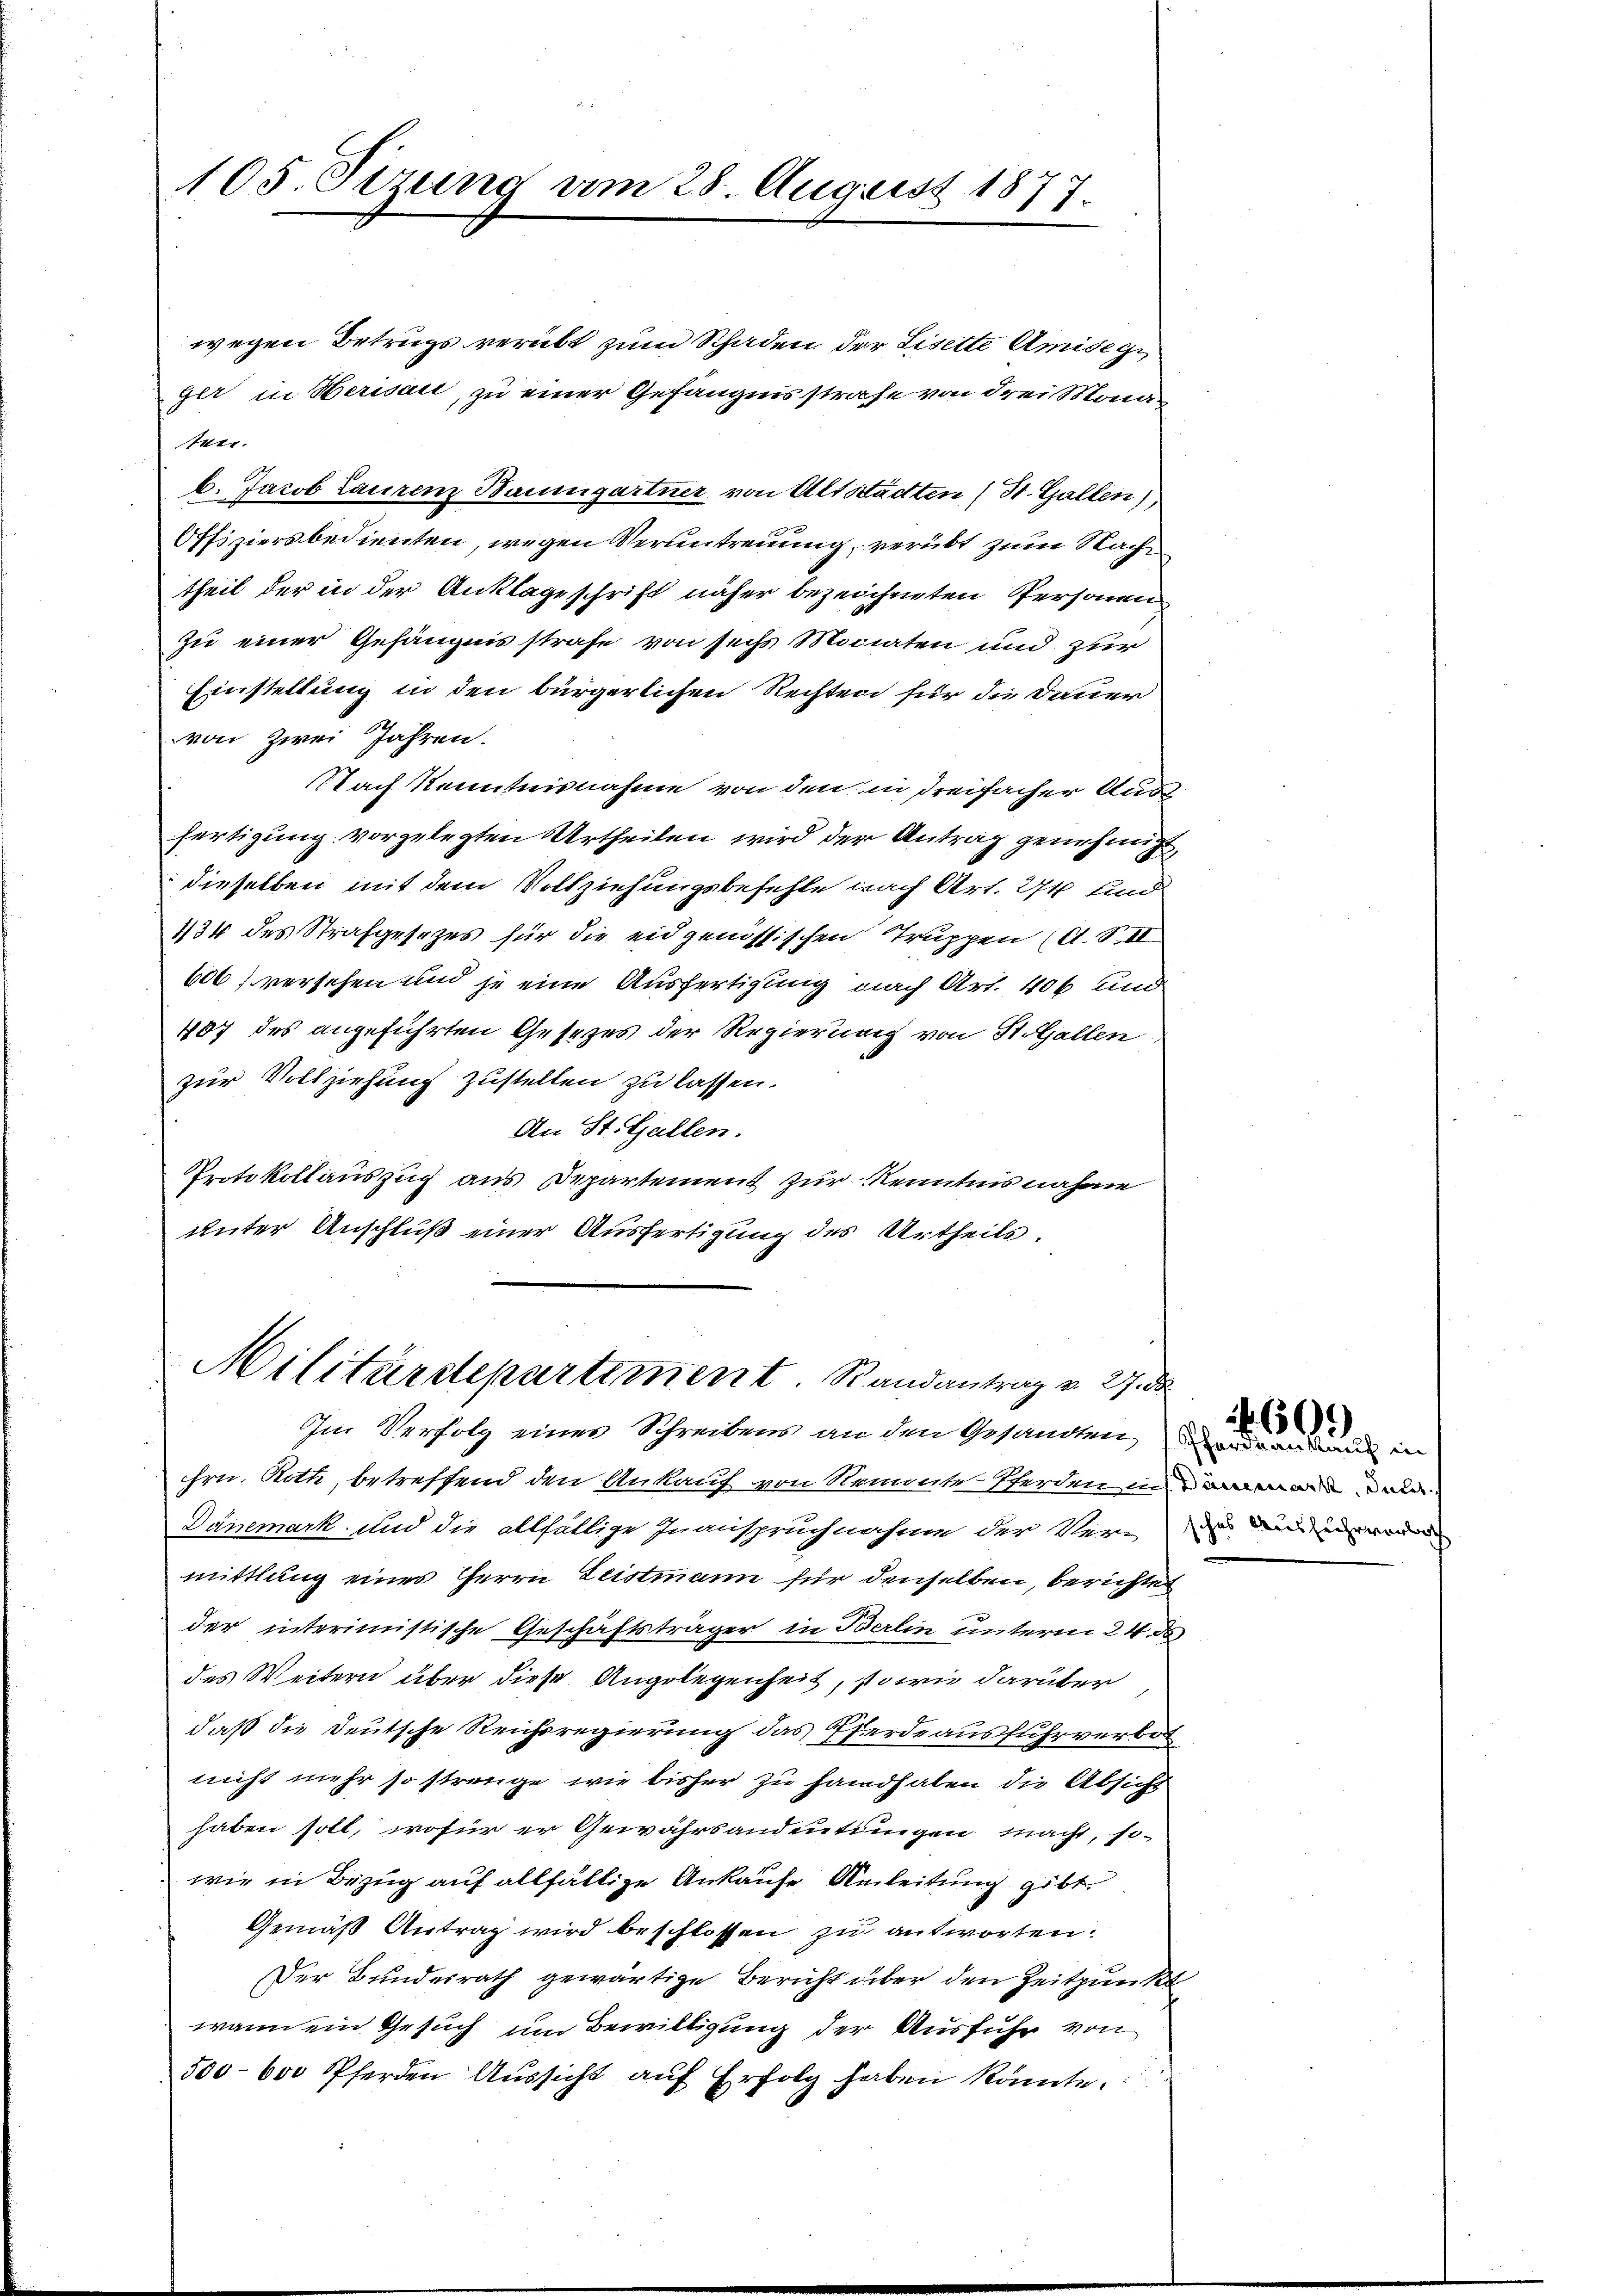
105. Sizung am 28. August 1877.

wegen Betrugs verübt zum Schaden der Lisette Amisezi
ger in Herisau, zu einer Gefängnisstrafe von drei Monaten.
b. Jacob Laurenz Baumgartner von Alt Stadten (St. Gallen),
Offiziersbedienten, wegen Veruntreuung, verübt zum Nach
theil der in der Anklageschrift näher bezeichneten Personen
zu einer Gefängnisstrafe von sechs Monaten und zur
Einstellung in den bürgerlichen Rechten für die Dauer
von Zwei Jahren.
Nach Kenntnisnahme von den in dreifacher Ausfertigung vorgelegten Urtheilen wird der Antrag genehmigt
dieselben mit dem Vollziehungsbefehle nach Art. 274 und
434 des Strafgesezes für die eidgenössischen Truppen (O. S. II
606) versehen und je eine Ausfertigung nach Art. 406 und
407 des angeführten Gesezes der Regierung von St.Gallen,
zur Vollziehung zustellen zu lassen.
An St. Gallen.
Protokollauszug aus Departement zur Kenntnis nahme
unter Anschluß einer Ausfertigung des Urtheils.

Militärdepartiment. Randantrag v. 27. d.

Im Verfolg eines Schreibens an den Gesandten, den und in
hrn. Roth, betreffend den Ankauf von Remute werden in den
Dänemark und die allfällige Inanspruchnahme der Vernd ein weder
mittlung eines Herrn Leistmann für denselben, berichtet
der interimistische Geschäftsträger in Berlin unterm 24 de
des Weitern über diese Angelegenheit, sowie darüber
daß die Deutsche Reichsregierung das Pferdeausfuhrverbot
nicht mehr so strenge, wie bisher zu Handhalen die Absicht
haben soll, wofür er Gewährsandeutungen macht, so-
wie in Bezug auf allfällige Ankaufe Anleitung gibt.
Gemäß Antrag wird beschlossen zu antworten.
Der Bundesrath gewärtige Bericht über den Zeitpunkt
wann ein Gesuch um Bewilligung der Ausfuhr von
500–600 Pferden Aussicht auf Erfolg haben könnte.

609